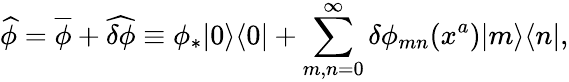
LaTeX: \widehat{\phi}=\overline{{{\phi}}}+\widehat{\delta\phi}\equiv\phi_{*}|0\rangle\langle 0|+\sum_{m,n=0}^{\infty}\delta\phi_{mn}(x^{a})|m\rangle\langle n|,